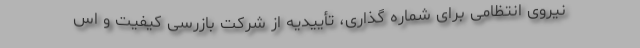
نیروی انتظامی برای شماره گذاری، تأییدیه از شرکت بازرسی کیفیت و اس